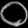
Digit: ၀